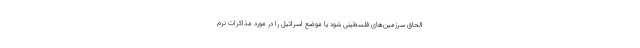
الحاق سرزمین‌های فلسطینی شود یا موضع اسرائیل را در مورد مذاکرات نرم